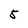
Character: 5